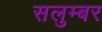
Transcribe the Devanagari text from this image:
सलुम्‍बर